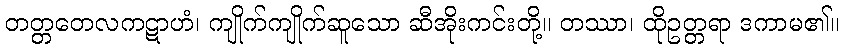
တတ္တတေလကဋာဟံ၊ ကျိုက်ကျိုက်ဆူသော ဆီအိုးကင်းတို့။ တဿာ၊ ထိုဥတ္တရာ ဒကာမ၏။